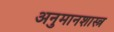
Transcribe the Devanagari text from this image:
अनुमानशास्त्र